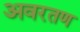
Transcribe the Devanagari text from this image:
अवरतण